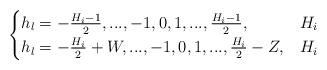
LaTeX: \begin{align*} \begin{cases}h_l=-\frac{H_i-1}{2},...,-1,0,1,...,\frac{H_i-1}{2},& H_i \\h_l=-\frac{H_i}{2}+W,...,-1,0,1,...,\frac{H_i}{2}-Z,& H_i \\\end{cases}\end{align*}